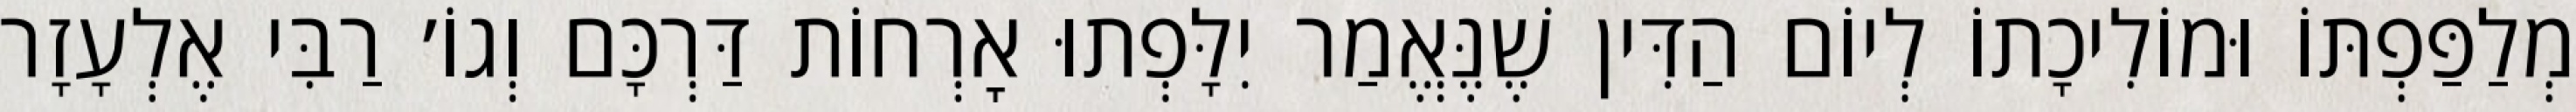
מְלַפַּפְתּוֹ וּמוֹלִיכָתוֹ לְיוֹם הַדִּין שֶׁנֶּאֱמַר יִלָּפְתוּ אׇרְחוֹת דַּרְכָּם וְגוֹ׳ רַבִּי אֶלְעָזָר